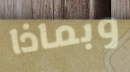
وبماذا